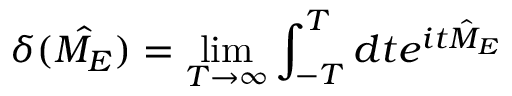
\delta ( { \hat { M _ { E } } } ) = \operatorname* { l i m } _ { T \to \infty } \int _ { - T } ^ { T } d t e ^ { i t { \hat { M } } _ { E } }